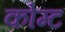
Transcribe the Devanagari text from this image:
कोम्ट